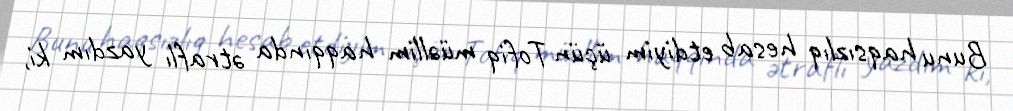
Bunu haqsızlıq hesab etdiyim üçün Tofiq müəllim haqqında ətraflı yazdım ki,